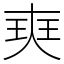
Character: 㻎